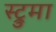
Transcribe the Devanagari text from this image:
स्ट्रुमा